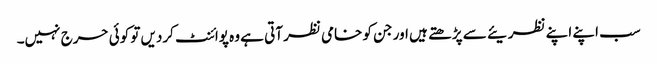
سب اپنے اپنے نظریئے سے پڑھتے ہیں اور جن کو خامی نظر آتی ہے وہ پوائنٹ کردیں تو کوئی حرج نہیں۔